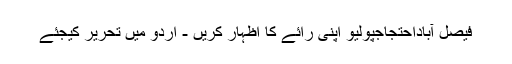
فیصل آباداحتجاجپولیو اپنی رائے کا اظہار کریں - اُردو میں تحریر کیجئے